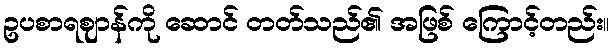
ဥပစာရဈာန်ကို ဆောင် တတ်သည်၏ အဖြစ် ကြောင့်တည်း။